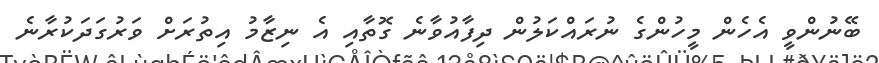
ބޭނުންވީ އެހެން މީހުންގެ ނުރައްކަލުން ދިފާއުވާނެ ގޮތާއި އެ ނިޒާމު އިތުރަށް ވަރުގަދަކުރާނެ